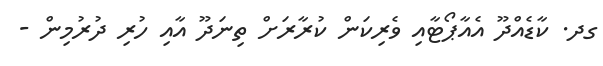
ގދ. ކާޑެއްދޫ އެއާޕޯޓާއި ވެރިކަން ކުރާރަށް ތިނަދޫ އާއި ހުރި ދުރުމިން -